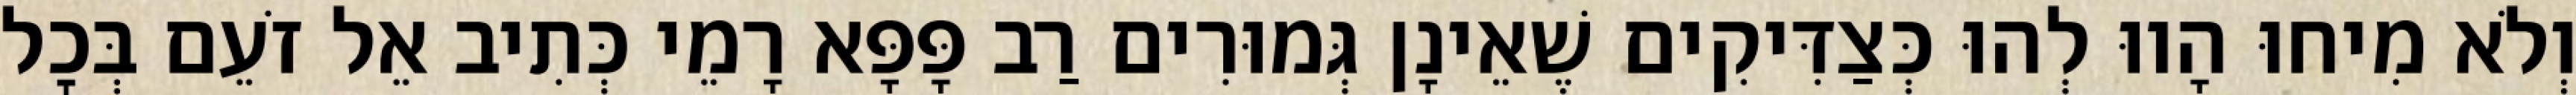
וְלֹא מִיחוּ הָווּ לְהוּ כְּצַדִּיקִים שֶׁאֵינָן גְּמוּרִים רַב פָּפָּא רָמֵי כְּתִיב אֵל זֹעֵם בְּכׇל